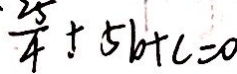
\frac { 2 5 } { 4 } + 5 b + c = 0